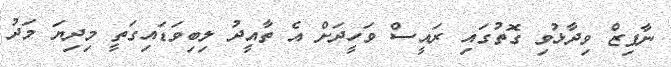
ނާފިޒް ވިދާޅުވި ގޮތުގައި ރައީސް ވަހީދަށް އެ ތާއީދު ލިބިވަޑައިގަތީ މިދިޔަ މަދު